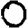
Digit: 0